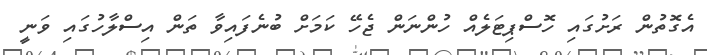
އެގޮތުން ރަށުގައި ހޮސްޕިޓަލެއް ހުންނަން ޖެހޭ ކަމަށް ބުނެފައިވާ ތަން އިސްލާހުގައި ވަނީ